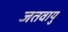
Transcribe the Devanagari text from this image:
जतवायु